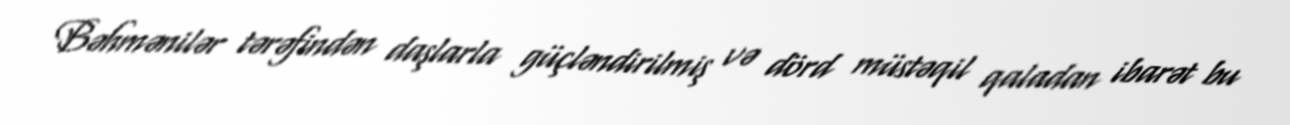
Bəhmənilər tərəfindən daşlarla güçləndirilmiş və dörd müstəqil qaladan ibarət bu